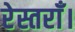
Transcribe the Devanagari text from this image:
रेस्तराँ।